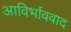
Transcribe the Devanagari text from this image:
आविर्भाववाद